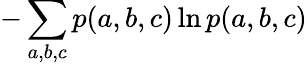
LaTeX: -\sum_{a,b,c}p(a,b,c)\ln p(a,b,c)